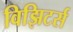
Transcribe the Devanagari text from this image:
विझिटर्स